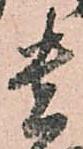
貴